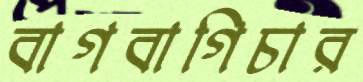
বাগবাগিচার